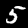
Label: 5